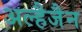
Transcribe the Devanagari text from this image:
अल्हैजैन